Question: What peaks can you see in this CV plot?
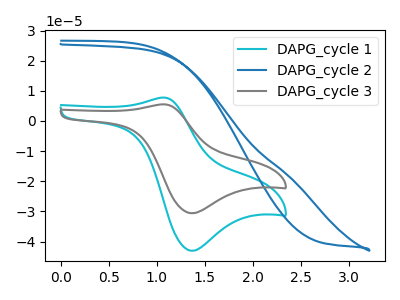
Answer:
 <answer>The cyan curve "DAPG_cycle 1" has an anodic peak at (1.10V, 7.75uA) and a cathodic peak at (1.35V, -43.05uA). The blue curve "DAPG_cycle 2" has no peaks. The gray curve "DAPG_cycle 3" has an anodic peak at (1.10V, 5.50uA) and a cathodic peak at (1.35V, -30.60uA).</answer>
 <eval></eval>